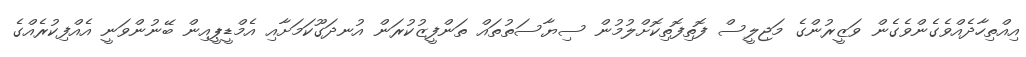
އިއްތިހާދެއްވެގެންވެގެން ވަޒީރުންގެ މަޖިލީސް ފޮތިފޮތިކޮށްލުމުން ސިޔާސަތުތައް ތަންފީޒުކުރަން އުނދަގޫކަމަށާއި އެމްޑީޕީއިން ބޭނުންވަނީ އެއްފިކުރެއްގެ